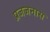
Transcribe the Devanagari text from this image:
प्रजजनास